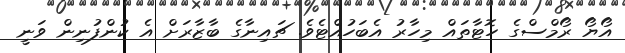
އޯޔޯ ރޯމްސްގެ ހޮޓާތައް މިހާރު އެބަހުއްޓެވެ. ޗައިނާގެ ބާޒާރަށް އެ ކުންފުނިން ވަނީ